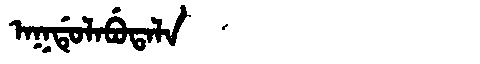
Manchu: ᠠᡴᡩᡠᠯᠠᠪᡠᡨᠠᠯᠠ
Romanization: AKDULABUTALA